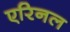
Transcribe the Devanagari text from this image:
एरिनल